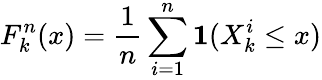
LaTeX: F_{k}^{n}(x)={\frac{1}{n}}\sum_{i=1}^{n}\mathbf{1}(X_{k}^{i}\leq x)